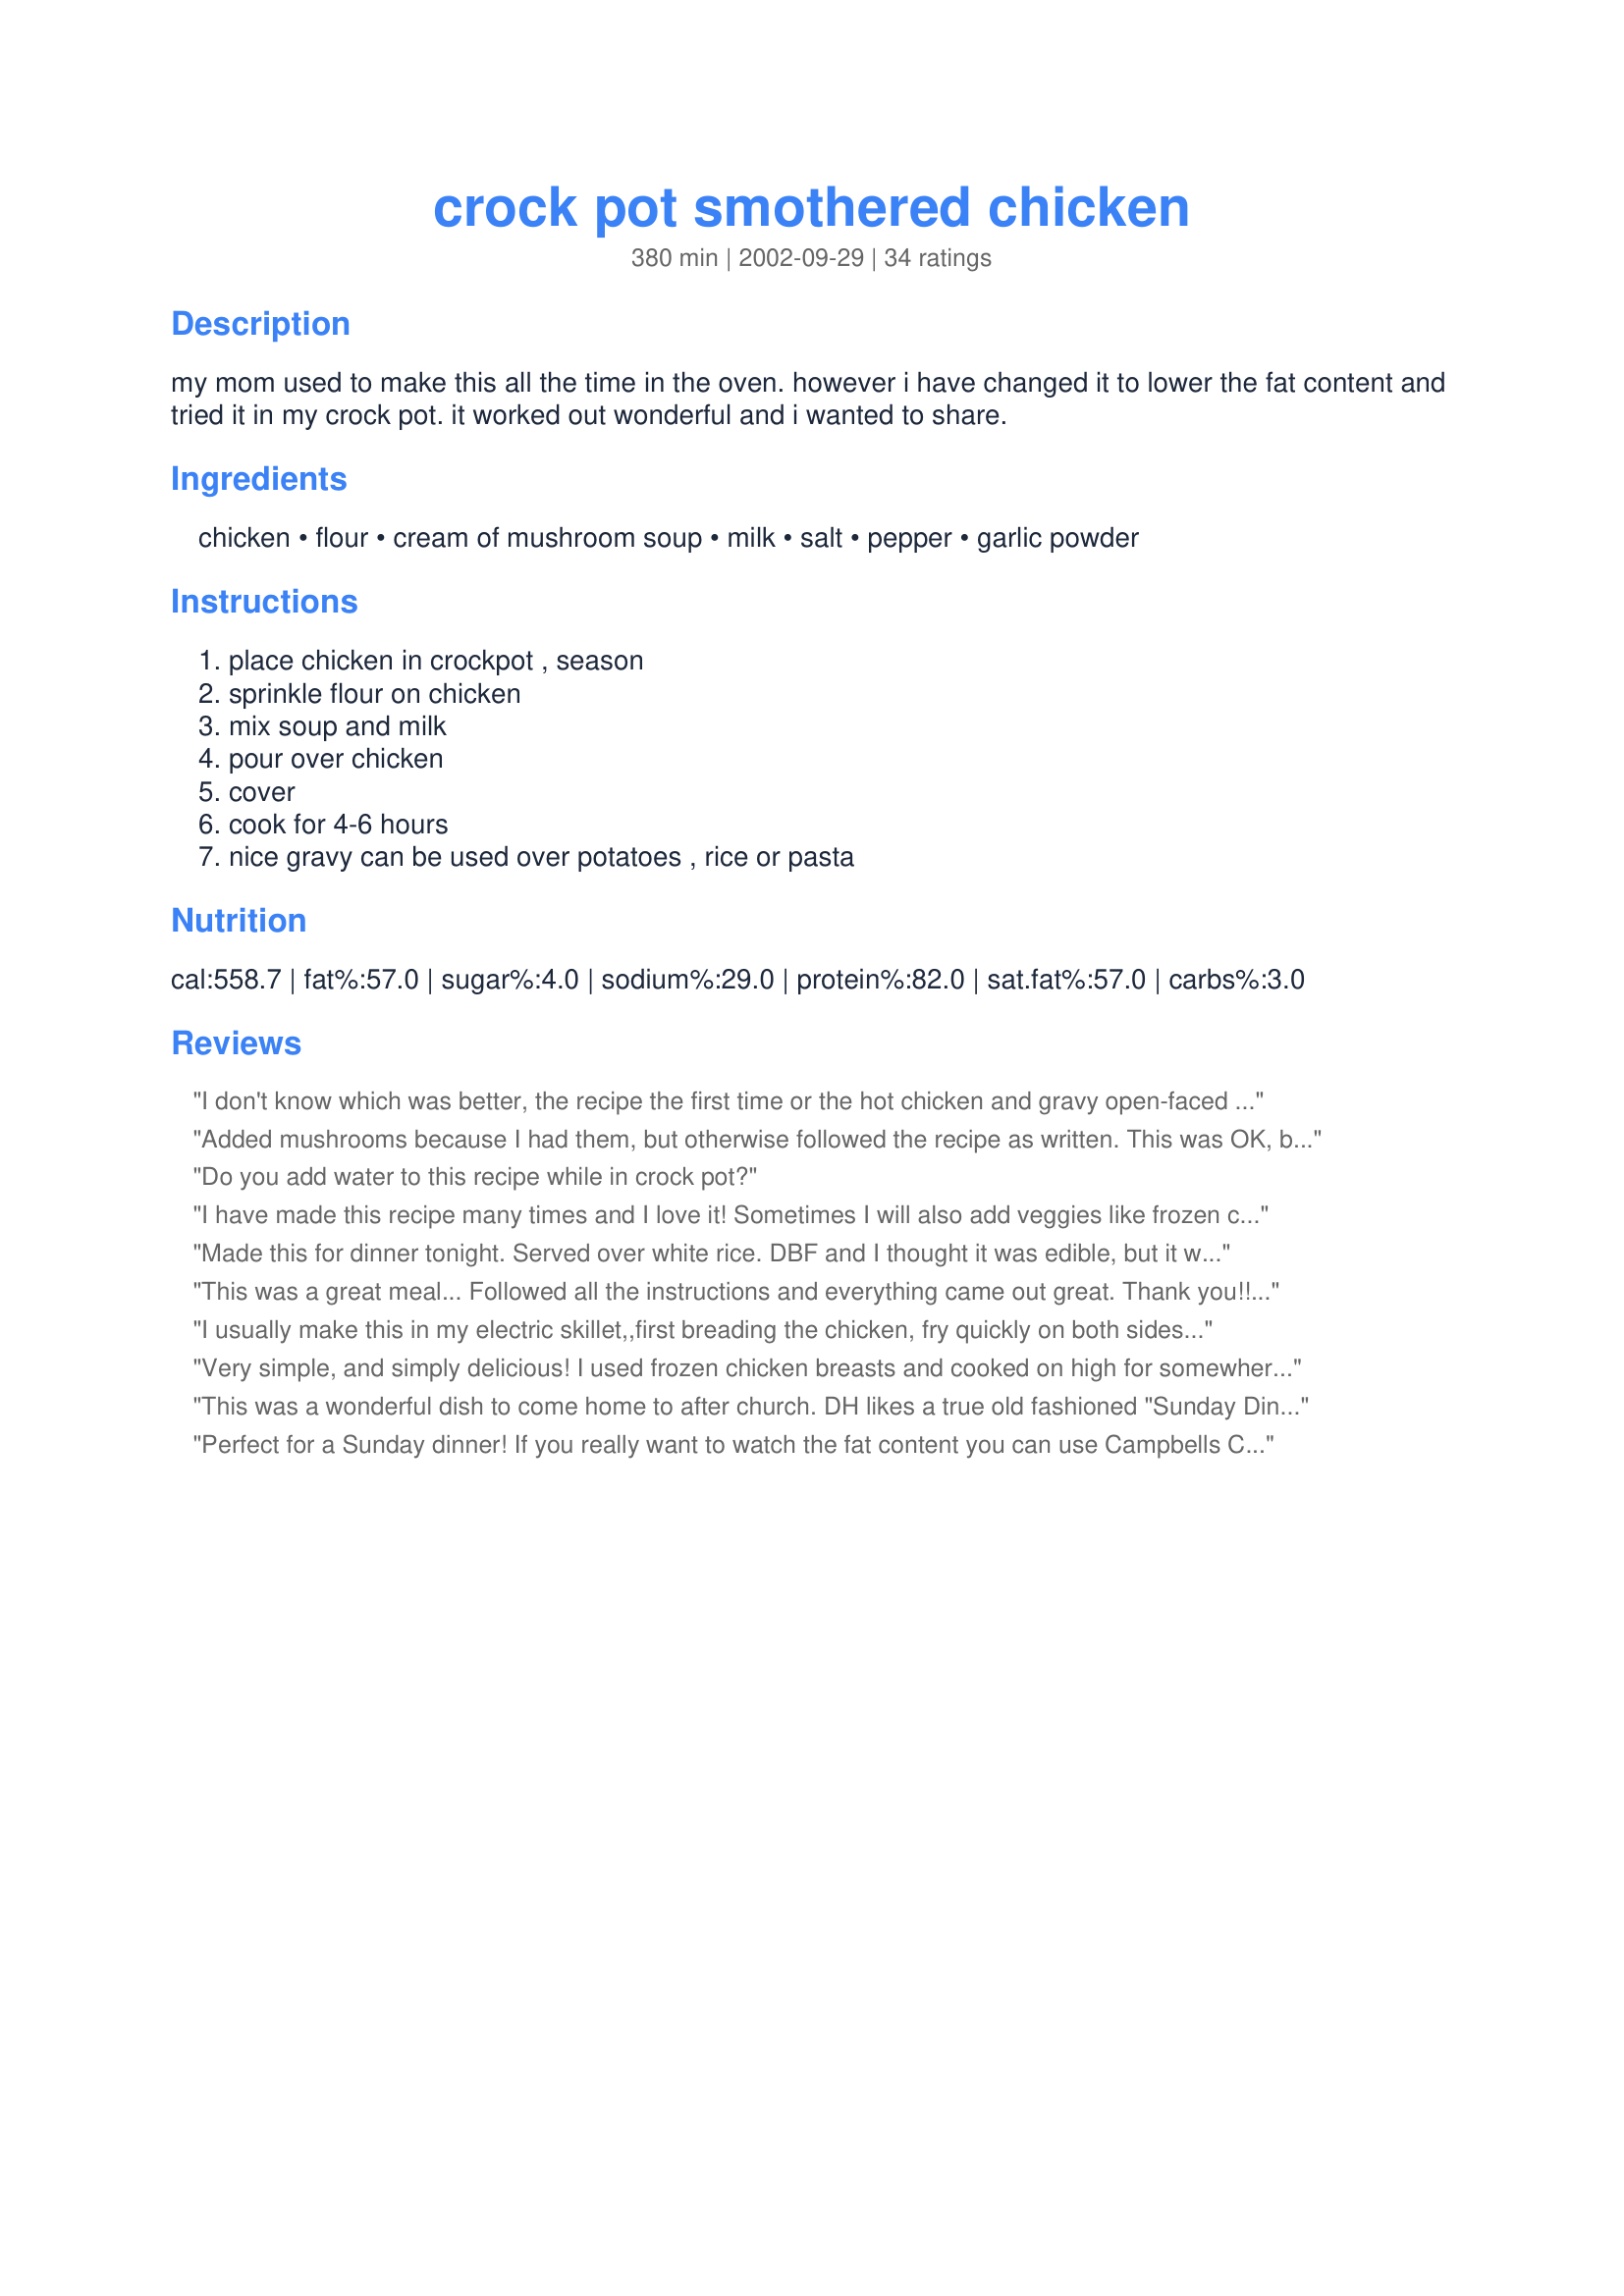
crock pot smothered chicken
Preparation time: 380 minutes

my mom used to make this all the time in the oven. however i have changed it to lower the fat content and tried it in my crock pot. it worked out wonderful and i wanted to share.

Ingredients:
chicken, flour, cream of mushroom soup, milk, salt, pepper, garlic powder

Steps:
place chicken in crockpot , season, sprinkle flour on chicken, mix soup and milk, pour over chicken, cover, cook for 4-6 hours, nice gravy can be used over potatoes , rice or pasta

Reviews:
I don't know which was better, the recipe the first time or the hot chicken and gravy open-faced sandwiches the next day. I used mushroom garlic soup as only kind I had on hand. In doing so I did not add more garlic.
Added mushrooms because I had them, but otherwise followed the recipe as written. This was OK, but our chicken ended up very overcooked. We probably won't make this one again.
Do you add water to this recipe while in crock pot?
I have made this recipe many times and I love it! Sometimes I will also add veggies like frozen corn and asparagus. I also add a few more seasonings and put it on top of rice. I even add a bit of shredded cheese to the top and add some chives flavored cream cheese. I never use flour but I am making it tomorrow so I will see how it turns out.
Made this for dinner tonight. Served over white rice. DBF and I thought it was edible, but it was quite bland. We felt like it could be better with a little kick to it. I'm not sure if i'll make this again. If I do, i'll have to tweak it some. Thanks!
This was a great meal... Followed all the instructions and everything came out great. Thank you!!!! I will make this again. Soon
I usually make this in my electric skillet,,first breading the chicken, fry quickly on both sides then the rest of the recipe is the same. I wasn't going to be home to watch the skillet, so used this method and it is very good. The chicken so tender, gravy made, was a good dinner that my dh and I liked very much. Followed the exact recipe, had no problems, turned out as stated. I used the thighs, legs and breast from a whole chicken, removing what bone I could and removed all the skin. Thanks for posting, this a a keeper recipe for us!!
Very simple, and simply delicious! I used frozen chicken breasts and cooked on high for somewhere between 5 and 6 hours. I forgot to put in the flour, so I had to add a little cornstarch mixed with water about 30 minutes before I served it to thicken the sauce. I used Tony Chachere's Creole Seasoning instead of pepper. And I added one onion, cut into wedges. Otherwise, I followed the recipe as written. It turned out great just like it was, and I also think the recipe has the potential to be varied in pretty much whatever way you can think of. Next time I might add some bell peppers or mushrooms, or maybe a little sour cream at the end of the cooking time. The chicken was wonderfully tender, and I'll definitely be making this again. Thanks, Braunda!
This was a wonderful dish to come home to after church. DH likes a true old fashioned "Sunday Dinner" but that isn't always possible...especially on the Sundays when we have the outreach ministry at a local Nursing Home. Well, this dish gave DH the satisfaction of an old time "Sunday Dinner" yet it took a huge load off of me as I did not have to slave away in the kitchen then run out the door. I will definitely make this dish again.
Perfect for a Sunday dinner! If you really want to watch the fat content you can use Campbells Cream of Mushroom and skim milk. I did increase the flour to 2 1/2 tablespoons to thicken it since I used skim milk. It didn't compromise the taste at all. I love using my Crock pot and this was a great recipe for it! Thanks!

Great recipe!!! Simple and really tasty. Thanks!! Also, Braunda, I saw you requested a recipe for Sauerkrautauflauf (casserrole). I've got my favorite on my website at geocities.com/starshiparizona/recipes.html
This makes a very moist, fall off the bone chicken! I did as others suggested and added about 1/3 cup of sour cream after I turned off the crock pot. Adding another can of soup may help thicken up the sauce a bit. The sauce was very tasty and stick to your ribs! I put it over mashed potatoes but I could see it over noodles. Just watch for bones if you use bone-in chicken, they fall right off the chicken and get lost in the gravy...but good gravy it's a good chicken dish! THANKS BRAUNDA FOR SHARING SUCH A GOOD RECIPE!!!
Can I use whole milk instead of can milk?
Walnted a fast crockpot dinner, and this fit the bill...it was very good, and so easy to prepare...it is definitely a keeper and will be used again in our home...thanks for sharing this.
I added a can of cr. of chicken soup also. My husband and I both loved it. He told me I could make it anytime. It was very tender and tasty.
Braunda, we really loved this chicken! I followed your recipe exactly. Cooked for 5 hours on high. It was so tender and the gravy was delicious! We had it with fresh sauted spinach and steamed carrots with ginger. Great! Thanks!!
Fast, easy and very tasty meal. Perfect for these hot days here. It was a snap to put together. My kids loved it, even my 16 month old. Served it over buttered egg noodles, and had steamed brocolli and a salad. Great dinner. Thank you for this one!
I found this to be very very bland. My husband ate it and said it was "okay".... usually he says things are very good. I couldn't even eat it.
Very tasy, easy recipe.
I used 2 large boneless, skinless chicken breast.
 added them to the crockpot frozen and did the rest of the recipe as stated, using soy milk. Cooked it for 6 hours. Served this jasmine rice, a salad of baby greens, avocado, grapes. DH loved the recipe which I will be making again, thank you for sharing.
Hi Braunda:
A very quick, easy and tasty meal to prepare and it was ready for me when I got home from a hard day in the "trenches". All that was left to do was prepare the rice, and Uncle Ben makes that a 5-minute "non-chore". Because of dietary implications, I use Soy Milk, and it did nothing to compromise your recipe. Substituted the garlic powder with crushed, fresh garlic. Also added additional flour for gravy thickening, because I like a thicker sauce. A perfect dinner on a perfect, cold, winter day. Thank you Braunda. Added to our grace, was an earnest prayer for your family's special needs. God Bless you.
Very good. I used 4 boneless, skinless chicken breasts, cooked them on high for 4 hours. I took meat out and shredded it - no effort at all as the chicken was very tender. The sauce was not as thick as we prefer so, before adding the meat back, I followed another's advice and made a beurre manie (had no clue what that is so I looked it up and it is a mixture of flour and butter... I used 2T each... kneaded together and added to sauce). I also added some sour cream - I didn't measure but it was probably 1/4 cup or so. We served over rice but I think it would be delicious over egg noodles. Thank you.
Very good and easy! Even my picky son enjoyed this. Thanks!
This is such a good tasty and easy meal! I halved the recipe because it is just the 2 of us- did not change a thing (used chicken breasts though). We had ours over egg noodles. Thanks so much for sharing- We will be having this again soon! Thanks!!!
Great recipe! Simple and flavorful. . .for those who said the recipe was bland, did you season the chicken?
Yeah for Braunda! This is a wonderfulcrockpot recipe...
especially nice on those fall days to come home to the house smelling so yummy! I followed a few other posters advice using boneless, skinless chicken breasts. Also added 1 can of cream of chicken soup (to make the sauce go further-yum!)and at the end added about 1/3 cup of sour cream. The chicken was moist and sooo tender!
Sounds good, but is this cooked on high or low for 4-5 hours? I'm a novice crockpot user.
This was wonderful!! I've made it several times,but I moved and therefore forgot about it. So glad I found it saved in one of my cookbooks!! I served it tonight over buttered noodles with a lil' chicken bouillion added to them. Great!! Thanks for sharing!!
Fantastic..and guess what,I substituted boneless pork chops for the chicken last week..again Fantastic!
Easy and quick meal to throw together when you have no idea what to prepare. I had all ingredients on hand but wouldn't be around much today to cook. I popped this in the crockpot and about 1/2 hour before serving, I added 8 oz. of sour cream to it. Served this over basmati rice and it was great. Thanks for sharing Braunda :)
For the amount of effort required this was very good. We both enjoyed it. I am always happy to have something that can go into the slow cooker without pre-browning. Thank you, Braunda, for the recipe.
Braunda, I threw all the ingredients for this into the crockpot and went out into the beautiful spring air today and had an excellent chicken dinner waiting for me on my return! The chicken is so tender with this recipe that it simply falls off the bones! I served it with mashed potatoes and Bergy's Stir Fried Asparagus with Mushrooms recipe #22865, and a crisp green tossed salad. Delicious and simple! What more could you ask? Thank you so much, Braunda, for sharing this recipe with all of us on Zaar!
I'm sorry to say that this recipe didn't turn out very well--the chicken was mushy and bland, and the sauce didn't have much flavour. I tried it again tonight, but with a bunch of variations: used mushroom-garlic soup instead of plain cream of mushroom; browned the chicken before making it; and added a cup of dry white wine to the sauce. After the chicken was done, I pulled it from the pot and put it in a 200*F oven to stay warm, made a beurre manie, and blended that with the liquid in the pot to make a sauce--it turned out to be quite tasty, but the original recipe required a lot of changes.
This was great! I added an extra 1 1/2 tsp flour, because of brau's stern admonishment to watch the fat (I prepared this in the oven), and it came out fantastic. Kudos to Brau! Now if only we could see more turtle recipes......
Can I throw in raw onion and mushrooms? If so do I do it st the start of cooking(when I first put it in the crook pot) or the middle of cooking?
